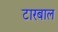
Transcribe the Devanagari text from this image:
टारबाल